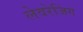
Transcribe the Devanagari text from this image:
लेवरेजिंग